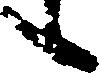
候